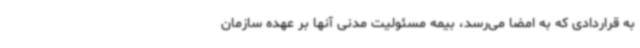
به قراردادی که به امضا می‌رسد، بیمه مسئولیت مدنی آنها بر عهده سازمان